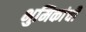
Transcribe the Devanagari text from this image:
भुमिकांची